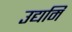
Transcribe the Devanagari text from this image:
उद्यमि